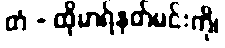
တံ - ထိုမာရ်နတ်မင်းကို၊